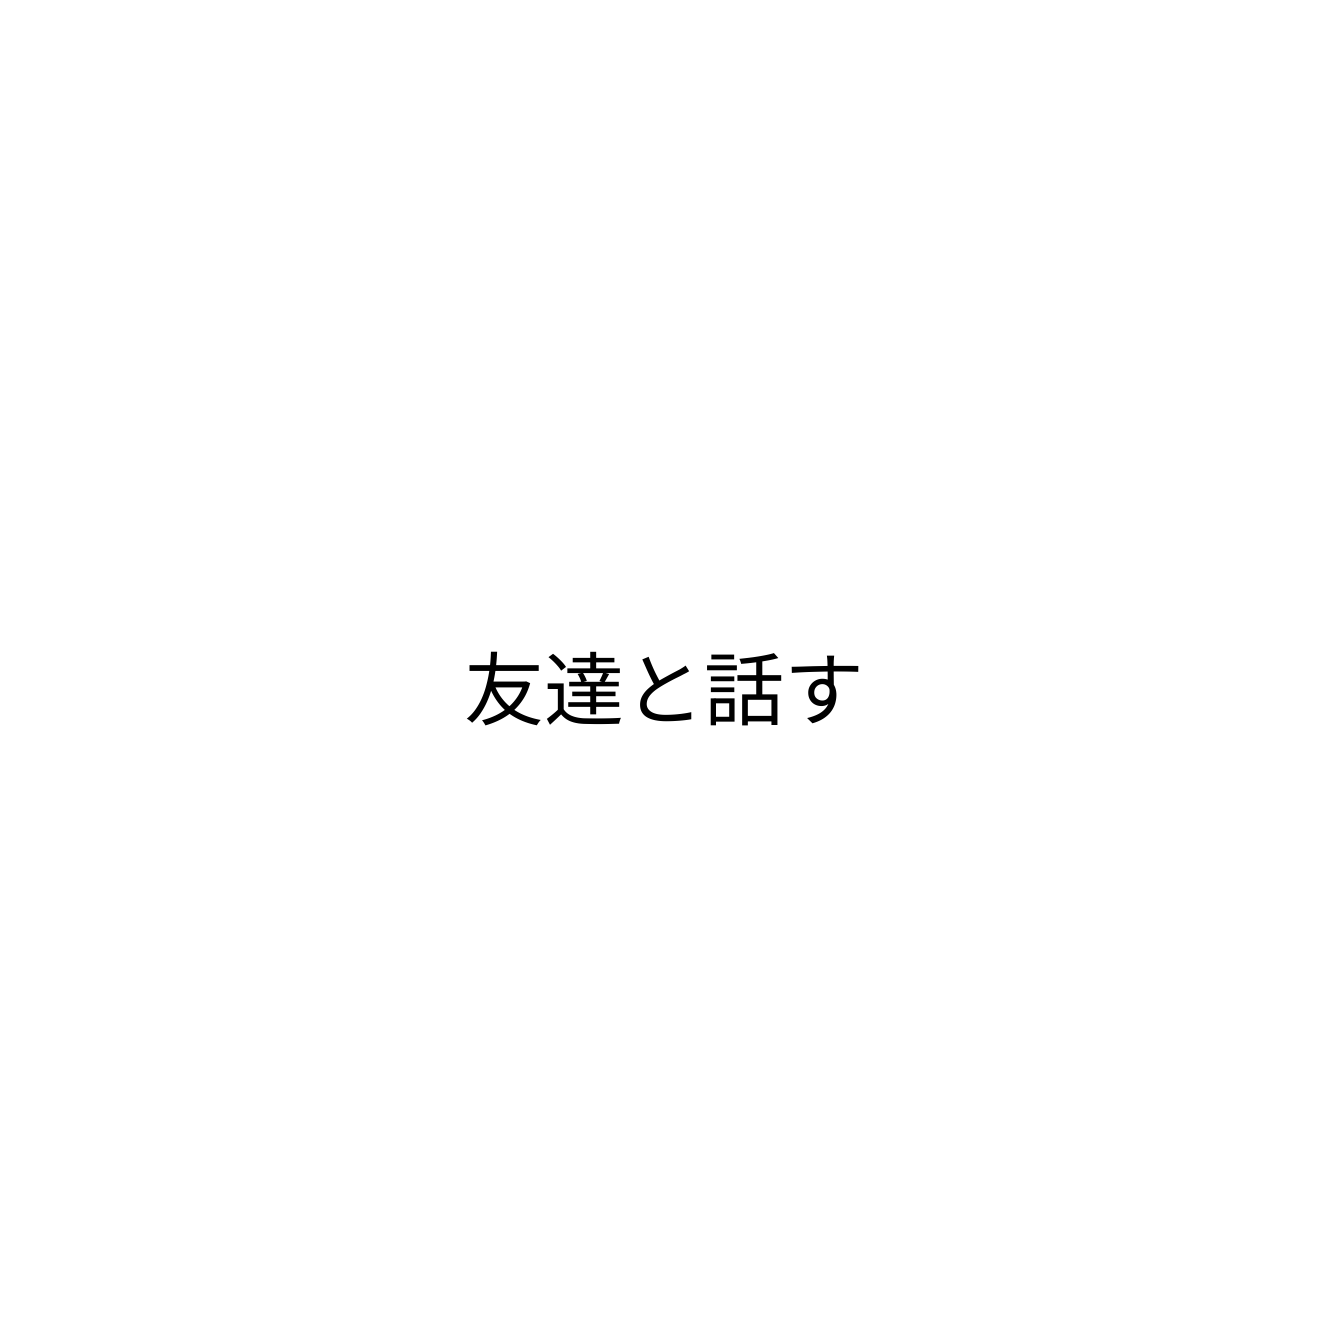
友達と話す